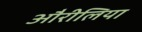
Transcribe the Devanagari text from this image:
औरीलिया